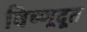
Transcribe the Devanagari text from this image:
विष्णूदूत